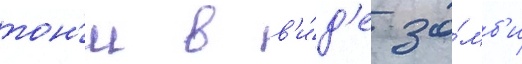
тон'и в в'и́д'е зо́мб'и